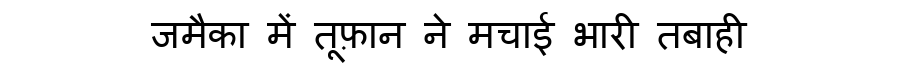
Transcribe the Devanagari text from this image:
जमैका में तूफ़ान ने मचाई भारी तबाही